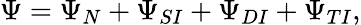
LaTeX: \Psi=\Psi_{N}+\Psi_{SI}+\Psi_{DI}+\Psi_{TI},